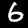
Digit: 6